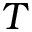
T